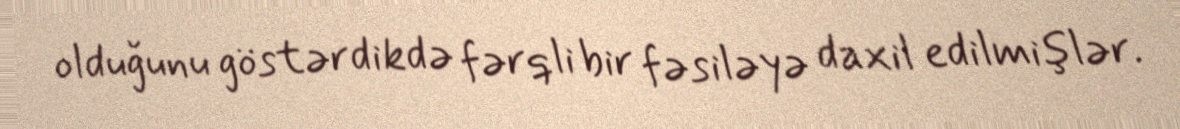
olduğunu göstərdikdə fərqli bir fəsiləyə daxil edilmişlər.